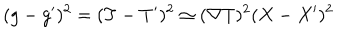
( g - g ^ { \prime } ) ^ { 2 } = ( T - T ^ { \prime } ) ^ { 2 } \simeq ( \nabla T ) ^ { 2 } ( X - X ^ { \prime } ) ^ { 2 }